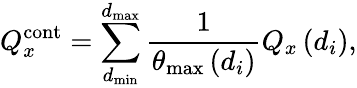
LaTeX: Q_{x}^{\mathrm{cont}}=\sum_{d_{\mathrm{min}}}^{d_{\mathrm{max}}}\frac{1}{\theta_{\mathrm{max}}\left(d_{i}\right)}Q_{x}\left(d_{i}\right),